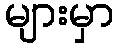
များမှာ